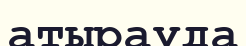
атырауда